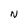
Character: N